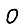
Digit: 0